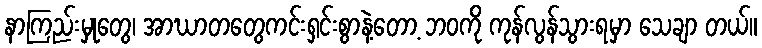
နာကြည်းမှုတွေ၊ အာဃာတတွေကင်းရှင်းစွာနဲ့တော့ ဘဝကို ကုန်လွန်သွားရမှာ သေချာ တယ်။